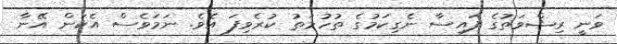
ވަނީ ރިޝްވަތުގެ ފައިސާ ނެގިކަމުގެ ތުހުމަތު ކުރެވިފަ އެވެ. ނަމަވެސް އެކަން އޭނާ